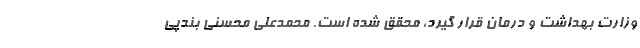
وزارت بهداشت و درمان قرار گیرد، محقق شده است. محمدعلی محسنی بندپی